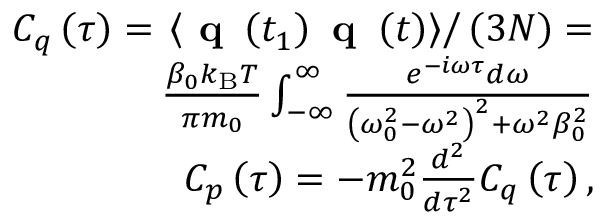
\begin{array} { r } { C _ { q } \left( \tau \right) = \left. \left< \textbf { q } \left( t _ { 1 } \right) \textbf { q } \left( t \right) \right> \right/ \left( 3 N \right) = } \\ { \frac { \beta _ { 0 } k _ { \mathrm { B } } T } { \pi m _ { 0 } } \int _ { - \infty } ^ { \infty } \frac { e ^ { - i \omega \tau } d \omega } { \left( \omega _ { 0 } ^ { 2 } - \omega ^ { 2 } \right) ^ { 2 } + \omega ^ { 2 } \beta _ { 0 } ^ { 2 } } } \\ { C _ { p } \left( \tau \right) = - m _ { 0 } ^ { 2 } \frac { d ^ { 2 } } { d \tau ^ { 2 } } C _ { q } \left( \tau \right) , } \end{array}